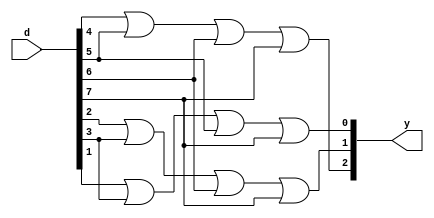
module encoder8x3_df(d,y);
input [7:0]d;
output wire [2:0]y;
assign y[2] = d[4]|d[5]|d[6]|d[7];
assign y[1] = d[2]|d[3]|d[6]|d[7];
assign y[0] = d[1]|d[3]|d[5]|d[7];
endmodule